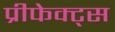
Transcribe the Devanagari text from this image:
प्रीफेक्ट्स